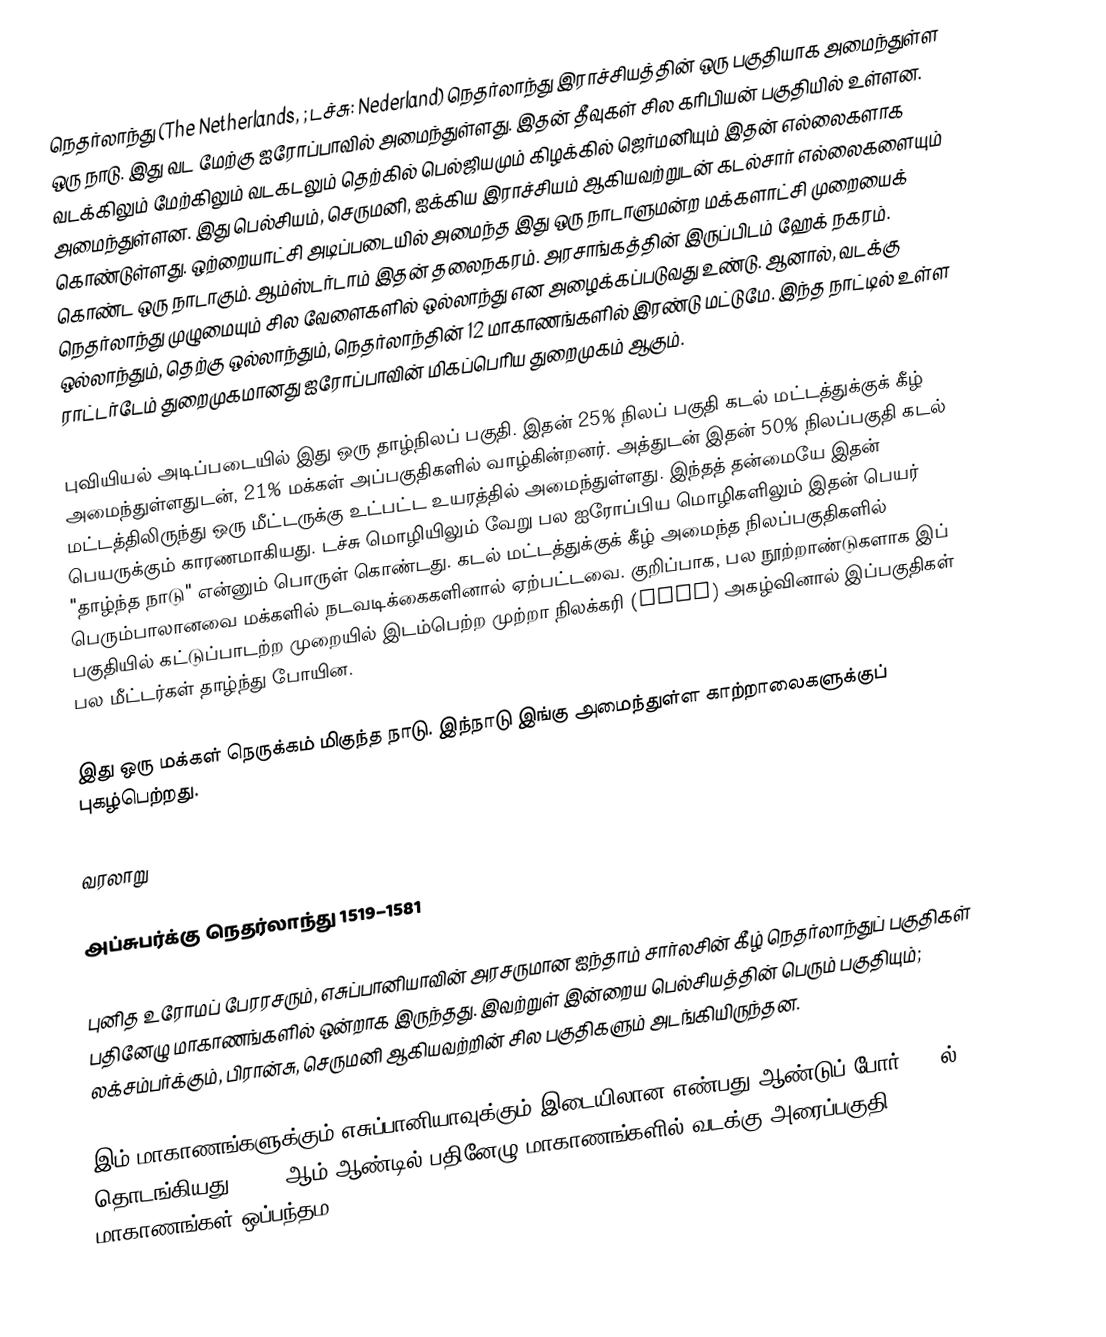
நெதர்லாந்து (The Netherlands, ; டச்சு: Nederland) நெதர்லாந்து இராச்சியத்தின் ஒரு பகுதியாக அமைந்துள்ள ஒரு நாடு. இது வட மேற்கு ஐரோப்பாவில் அமைந்துள்ளது. இதன் தீவுகள் சில கரிபியன் பகுதியில் உள்ளன. வடக்கிலும் மேற்கிலும் வடகடலும் தெற்கில் பெல்ஜியமும் கிழக்கில் ஜெர்மனியும் இதன் எல்லைகளாக அமைந்துள்ளன. இது பெல்சியம், செருமனி, ஐக்கிய இராச்சியம் ஆகியவற்றுடன் கடல்சார் எல்லைகளையும் கொண்டுள்ளது. ஒற்றையாட்சி அடிப்படையில் அமைந்த இது ஒரு நாடாளுமன்ற மக்களாட்சி முறையைக் கொண்ட ஒரு நாடாகும். ஆம்ஸ்டர்டாம் இதன் தலைநகரம். அரசாங்கத்தின் இருப்பிடம் ஹேக் நகரம். நெதர்லாந்து முழுமையும் சில வேளைகளில் ஒல்லாந்து என அழைக்கப்படுவது உண்டு. ஆனால், வடக்கு ஒல்லாந்தும், தெற்கு ஒல்லாந்தும், நெதர்லாந்தின் 12 மாகாணங்களில் இரண்டு மட்டுமே. இந்த நாட்டில் உள்ள ராட்டர்டேம் துறைமுகமானது ஐரோப்பாவின் மிகப்பெரிய துறைமுகம் ஆகும்.

புவியியல் அடிப்படையில் இது ஒரு தாழ்நிலப் பகுதி. இதன் 25% நிலப் பகுதி கடல் மட்டத்துக்குக் கீழ் அமைந்துள்ளதுடன், 21% மக்கள் அப்பகுதிகளில் வாழ்கின்றனர். அத்துடன் இதன் 50% நிலப்பகுதி கடல் மட்டத்திலிருந்து ஒரு மீட்டருக்கு உட்பட்ட உயரத்தில் அமைந்துள்ளது. இந்தத் தன்மையே இதன் பெயருக்கும் காரணமாகியது. டச்சு மொழியிலும் வேறு பல ஐரோப்பிய மொழிகளிலும் இதன் பெயர் "தாழ்ந்த நாடு" என்னும் பொருள் கொண்டது. கடல் மட்டத்துக்குக் கீழ் அமைந்த நிலப்பகுதிகளில் பெரும்பாலானவை மக்களில் நடவடிக்கைகளினால் ஏற்பட்டவை. குறிப்பாக, பல நூற்றாண்டுகளாக இப் பகுதியில் கட்டுப்பாடற்ற முறையில் இடம்பெற்ற முற்றா நிலக்கரி (peat) அகழ்வினால் இப்பகுதிகள் பல மீட்டர்கள் தாழ்ந்து போயின.

இது ஒரு மக்கள் நெருக்கம் மிகுந்த நாடு. இந்நாடு இங்கு அமைந்துள்ள காற்றாலைகளுக்குப் புகழ்பெற்றது.

வரலாறு

அப்சுபர்க்கு நெதர்லாந்து 1519–1581

புனித உரோமப் பேரரசரும், எசுப்பானியாவின் அரசருமான ஐந்தாம் சார்லசின் கீழ் நெதர்லாந்துப் பகுதிகள் பதினேழு மாகாணங்களில் ஒன்றாக இருந்தது. இவற்றுள் இன்றைய பெல்சியத்தின் பெரும் பகுதியும்; லக்சம்பர்க்கும், பிரான்சு, செருமனி ஆகியவற்றின் சில பகுதிகளும் அடங்கியிருந்தன.

இம் மாகாணங்களுக்கும் எசுப்பானியாவுக்கும் இடையிலான எண்பது ஆண்டுப் போர் 1568ல் தொடங்கியது. 1579 ஆம் ஆண்டில் பதினேழு மாகாணங்களில் வடக்கு அரைப்பகுதி மாகாணங்கள் ஒப்பந்தம